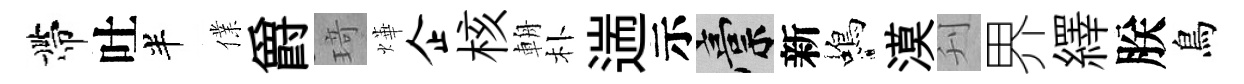
帶吐半㒒爵𤦺燁企核輈朴遄示稿新蝎漠刋界繹朕鳥